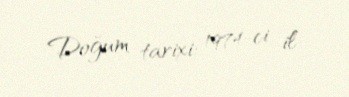
Doğum tarixi: 1974-ci il